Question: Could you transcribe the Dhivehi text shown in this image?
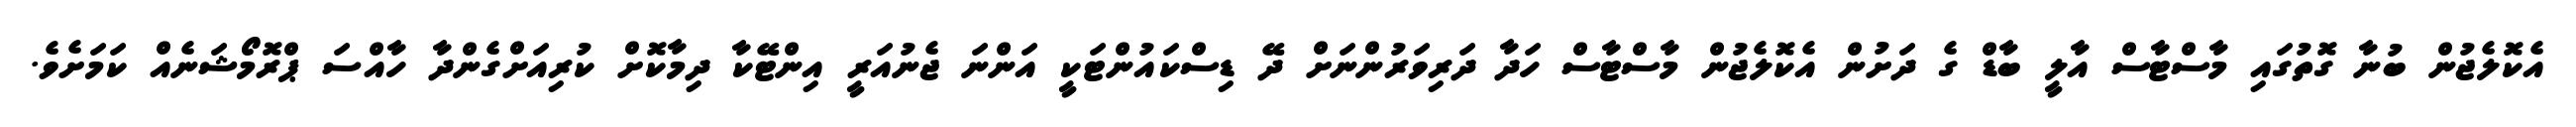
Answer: އެކޮލެޖުން ބުނާ ގޮތުގައި މާސްޓާސް އާލީ ބާޑް ގެ ދަށުން އެކޮލެޖުން މާސްޓާސް ހަދާ ދަރިވަރުންނަށް ދޭ ޑިސްކައުންޓަކީ އަންނަ ޖެނުއަރީ އިންޓޭކާ ދިމާކޮށް ކުރިއަށްގެންދާ ހާއްސަ ޕްރޮމޯޝަނެއް ކަމަށެވެ.